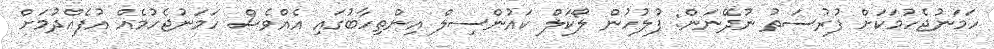
ހަމަނުޖެހުމަކަށް ފުރުސަތު ނުދޭނަން: ފުލުހުން ލޯކަލް ކައުންސިލް އިންތިހާބުގައި އެއްވެސް ހަމަނުޖެހުމެއް އުފެއްދުމަށް